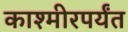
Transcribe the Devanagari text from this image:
काश्मीरपर्यंत